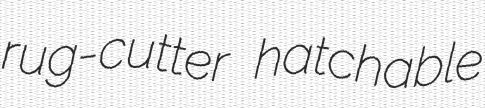
rug-cutter hatchable